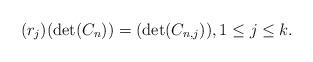
LaTeX: \begin{align*} (r_{j})(\det(C_{n}))= (\det(C_{n,j})), 1\leq j\leq k.\end{align*}